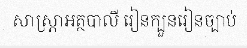
សាស្ត្រាអត្ថបាលី រៀនក្បួនរៀនច្បាប់